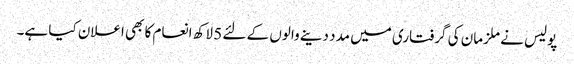
پولیس نے ملزمان کی گرفتاری میں مدد دینے والوں کے لئے 5 لاکھ انعام کا بھی اعلان کیا ہے۔